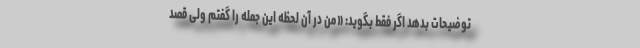
توضیحات بدهد اگر فقط بگوید: «من در آن لحظه این جمله را گفتم ولی قصد